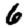
Digit: 6